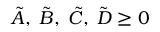
\tilde { A } , \; \tilde { B } , \; \tilde { C } , \; \tilde { D } \geq 0